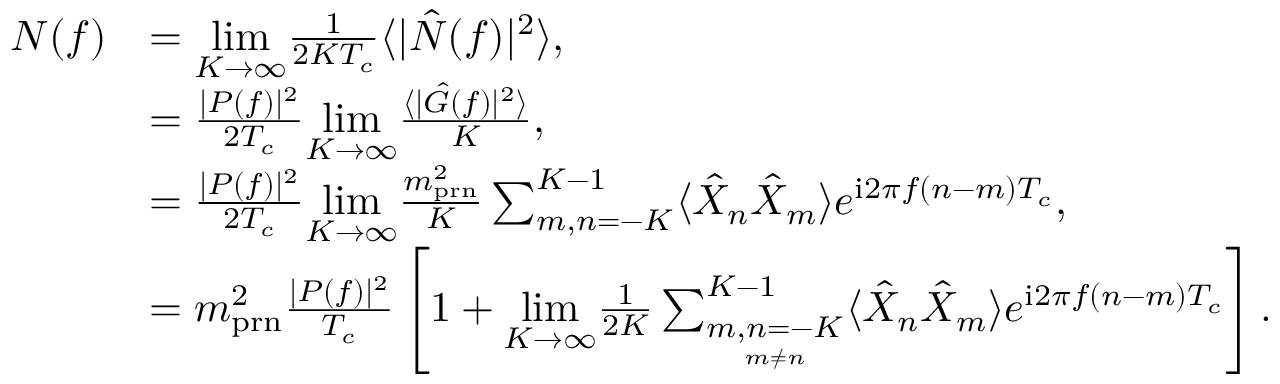
\begin{array} { r l } { N ( f ) } & { = \underset { K \rightarrow \infty } { \mathrm { l i m } } \frac { 1 } { 2 K T _ { c } } \langle | \hat { N } ( f ) | ^ { 2 } \rangle , } \\ & { = \frac { | P ( f ) | ^ { 2 } } { 2 T _ { c } } \underset { K \rightarrow \infty } { \mathrm { l i m } } \frac { \langle | \hat { G } ( f ) | ^ { 2 } \rangle } { K } , } \\ & { = \frac { | P ( f ) | ^ { 2 } } { 2 T _ { c } } \underset { K \rightarrow \infty } { \mathrm { l i m } } \frac { m _ { \mathrm { p r n } } ^ { 2 } } { K } \sum _ { m , n = - K } ^ { K - 1 } \langle \hat { X } _ { n } \hat { X } _ { m } \rangle e ^ { \mathrm { i } 2 \pi f ( n - m ) T _ { c } } , } \\ & { = m _ { \mathrm { p r n } } ^ { 2 } \frac { | P ( f ) | ^ { 2 } } { T _ { c } } \left[ 1 + \underset { K \rightarrow \infty } { \mathrm { l i m } } \frac { 1 } { 2 K } \sum _ { \underset { m \neq n } { m , n = - K } } ^ { K - 1 } \langle \hat { X } _ { n } \hat { X } _ { m } \rangle e ^ { \mathrm { i } 2 \pi f ( n - m ) T _ { c } } \right] . } \end{array}